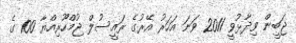
ޖަބީން ވިދާޅުވީ 2011 ވަނަ އަހަރު އޭރުގެ ރައީސުލް ޖުމްހޫރިއްޔާ 100 ގެ